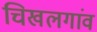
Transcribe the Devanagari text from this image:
चिखलगांव